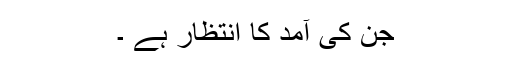
جن کی آمد کا انتظار ہے ۔